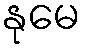
နုမေ